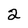
Character: 2